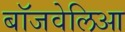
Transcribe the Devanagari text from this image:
बॉजवेलिआ